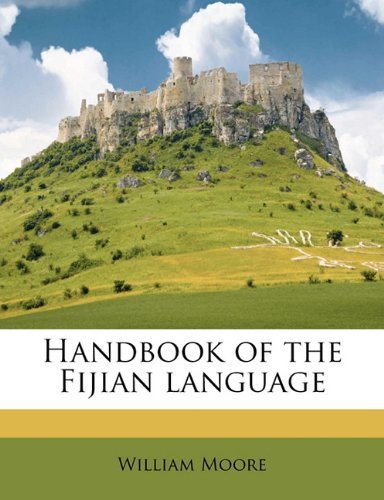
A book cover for Handbook of the Fijian language; William Moore; History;